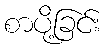
စာပို့ခြင်း